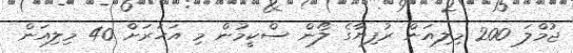
ޖުމްލަ 200 މިލިއަން ރުފިޔާގެ ލޯން ސްކީމުން މި އަހަރަށް 40 މިލިއަން